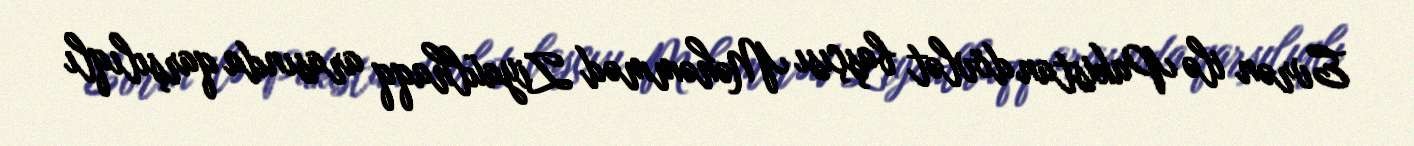
Evrən ilə Pakistan dövlət başçısı Məhəmməd Ziyaülhaqq arasında qarşılıqlı